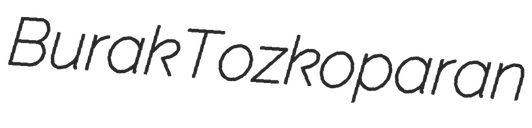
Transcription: Burak Tozkoparan